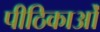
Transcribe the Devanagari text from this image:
पीठिकाओं